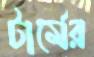
টার্মের